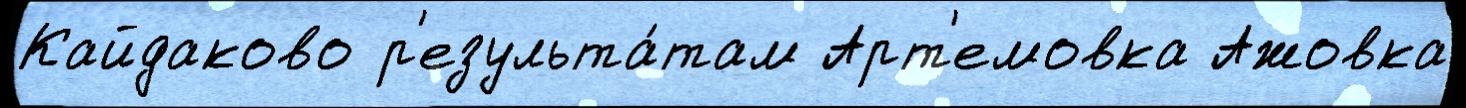
Кайдаково р'езульта́там Арт'емовка Ажовка